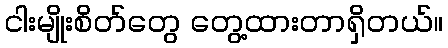
ငါးမျိုးစိတ်တွေ တွေ့ထားတာရှိတယ်။